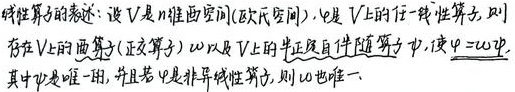
线性算子的极 - 分解：设 \(V\) 是 \(n\) 维酉空间 (欧氏空间)，\(\varphi\) 是 \(V\) 上的任一线性算子，则存在 \(V\) 上的酉算子 (正交算子) \(w\) 以及 \(V\) 上的半正定自伴算子 \(\psi\)，使 \(\varphi = w\psi\)，其中 \(\psi\) 是唯一的，并且若 \(\varphi\) 是非奇异线性算子，则 \(w\) 也唯一。